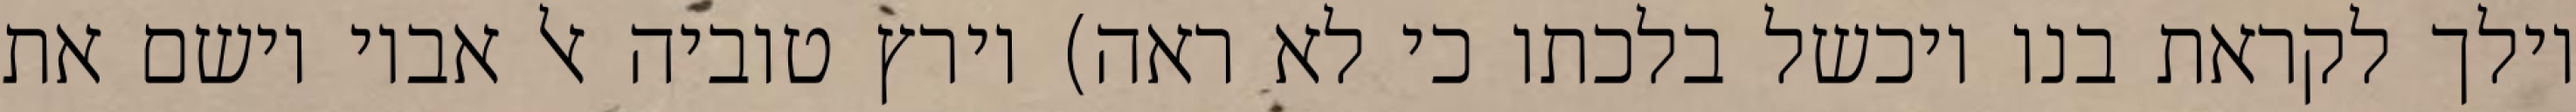
וילך לקראת בנו ויכשל בלכתו כי לא ראה) וירץ טוביה אל אביו וישם את